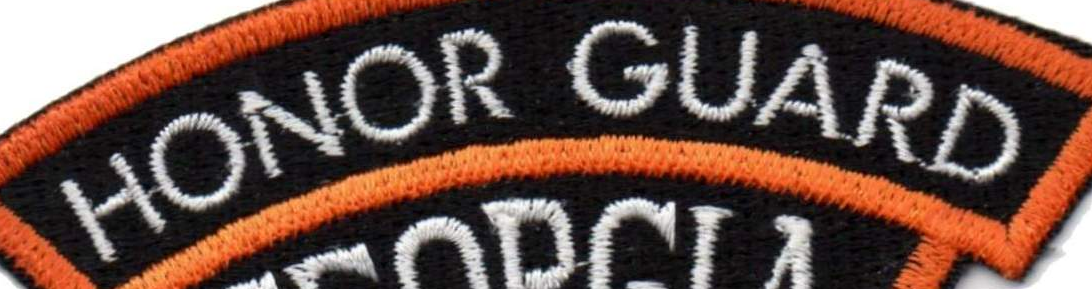
HONOR GUARD